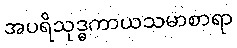
အပရိသုဒ္ဓကာယသမာစာရာ